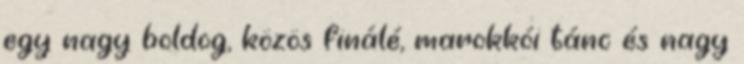
egy nagy boldog, közös finálé, marokkói tánc és nagy